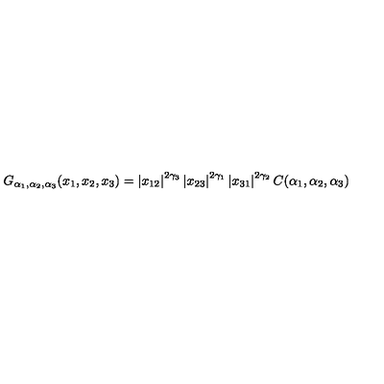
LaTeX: G _ { \alpha _ { 1 } , \alpha _ { 2 } , \alpha _ { 3 } } ( x _ { 1 } , x _ { 2 } , x _ { 3 } ) = \left| x _ { 1 2 } \right| ^ { 2 \gamma _ { 3 } } \left| x _ { 2 3 } \right| ^ { 2 \gamma _ { 1 } } \left| x _ { 3 1 } \right| ^ { 2 \gamma _ { 2 } } C ( \alpha _ { 1 } , \alpha _ { 2 } , \alpha _ { 3 } )